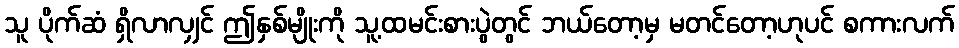
သူ ပိုက်ဆံ ရှိလာလျှင် ဤနှစ်မျိုးကို သူ့ထမင်းစားပွဲတွင် ဘယ်တော့မှ မတင်တော့ဟုပင် စကားလက်